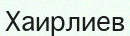
Хаирлиев